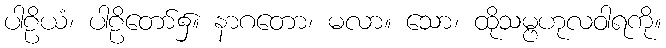
ပါဠိယံ၊ ပါဠိတော်၌။ နာဂတော၊ မလာ။ သော၊ ထိုသမ္ဗဟုလဝါရကို။